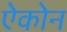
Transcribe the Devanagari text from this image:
ऐकोन